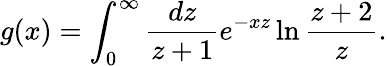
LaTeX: g(x)=\int_{0}^{\infty}\frac{dz}{z+1}e^{-xz}\ln\frac{z+2}z.